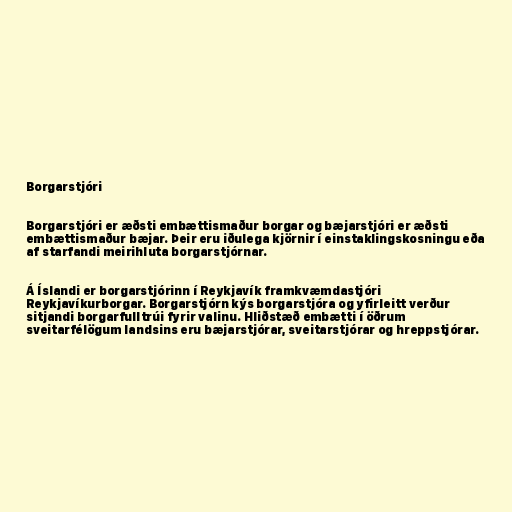
Borgarstjóri

Borgarstjóri er æðsti embættismaður borgar og bæjarstjóri er æðsti
embættismaður bæjar. Þeir eru iðulega kjörnir í einstaklingskosningu eða
af starfandi meirihluta borgarstjórnar.

Á Íslandi er borgarstjórinn í Reykjavík framkvæmdastjóri
Reykjavíkurborgar. Borgarstjórn kýs borgarstjóra og yfirleitt verður
sitjandi borgarfulltrúi fyrir valinu. Hliðstæð embætti í öðrum
sveitarfélögum landsins eru bæjarstjórar, sveitarstjórar og hreppstjórar.